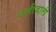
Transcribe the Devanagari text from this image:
नमीवाली